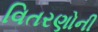
વિતરણોની